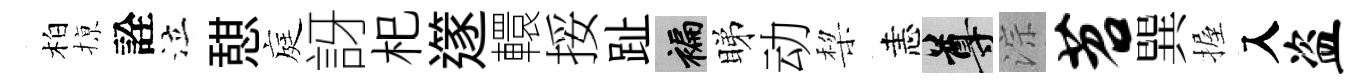
柏𢱊詮泣憇庭訝𣏌𨗹轘挼趾褊睇动棃恚尊淙苕巽握入盗